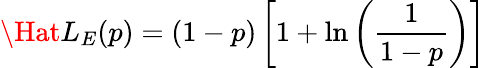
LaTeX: \Hat{L}_{E}(p)=(1-p)\left[1+\ln\left({\frac{1}{1-p}}\right)\right]